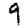
Digit: 9